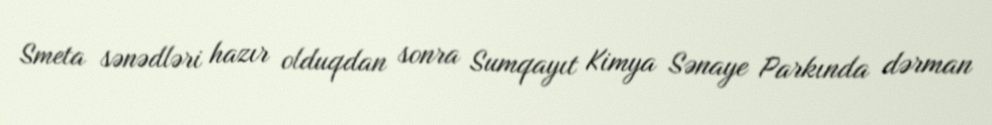
Smeta sənədləri hazır olduqdan sonra Sumqayıt Kimya Sənaye Parkında dərman